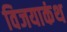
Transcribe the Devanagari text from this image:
विजयाकंथ